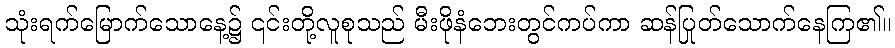
သုံးရက်မြောက်သောနေ့၌ ၎င်းတို့လူစုသည် မီးဖိုနံဘေးတွင်ကပ်ကာ ဆန်ပြုတ်သောက်နေကြ၏။